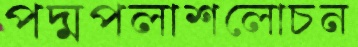
পদ্মপলাশলোচন